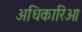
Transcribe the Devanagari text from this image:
अधिकारिओ